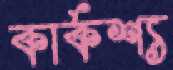
কার্কশ্য